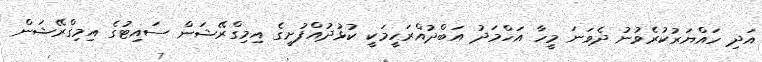
އަދި ހައްޔަރުކުރެވުނު ދެވަނަ މީހާ އަހްމަދު އަބްދުއްރަހީމަކީ ކުޅުދުއްފުށީގެ އިމިގްރޭޝަން ސައިޓުގެ އިމިގްރޭޝަން